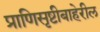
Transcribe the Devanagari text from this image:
प्राणिसृष्टीबाहेरील